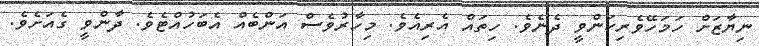
ނިޔާޒަށް ހަމަހޭވެރިކަންވީ ދެނެވެ. ހިތައް އެރިއެވެ. މިހާރުވެސް އަންބެއް އެބަހުއްޓެވެ. ދާންވީ ގެއަށެވެ.